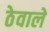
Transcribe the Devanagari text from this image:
ठेवाले